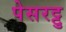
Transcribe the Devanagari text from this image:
पेसरट्टु